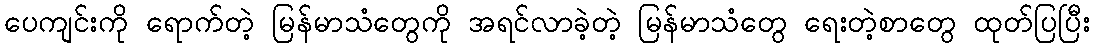
ပေကျင်းကို ရောက်တဲ့ မြန်မာသံတွေကို အရင်လာခဲ့တဲ့ မြန်မာသံတွေ ရေးတဲ့စာတွေ ထုတ်ပြပြီး